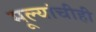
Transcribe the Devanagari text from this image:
मूल्यांचीही